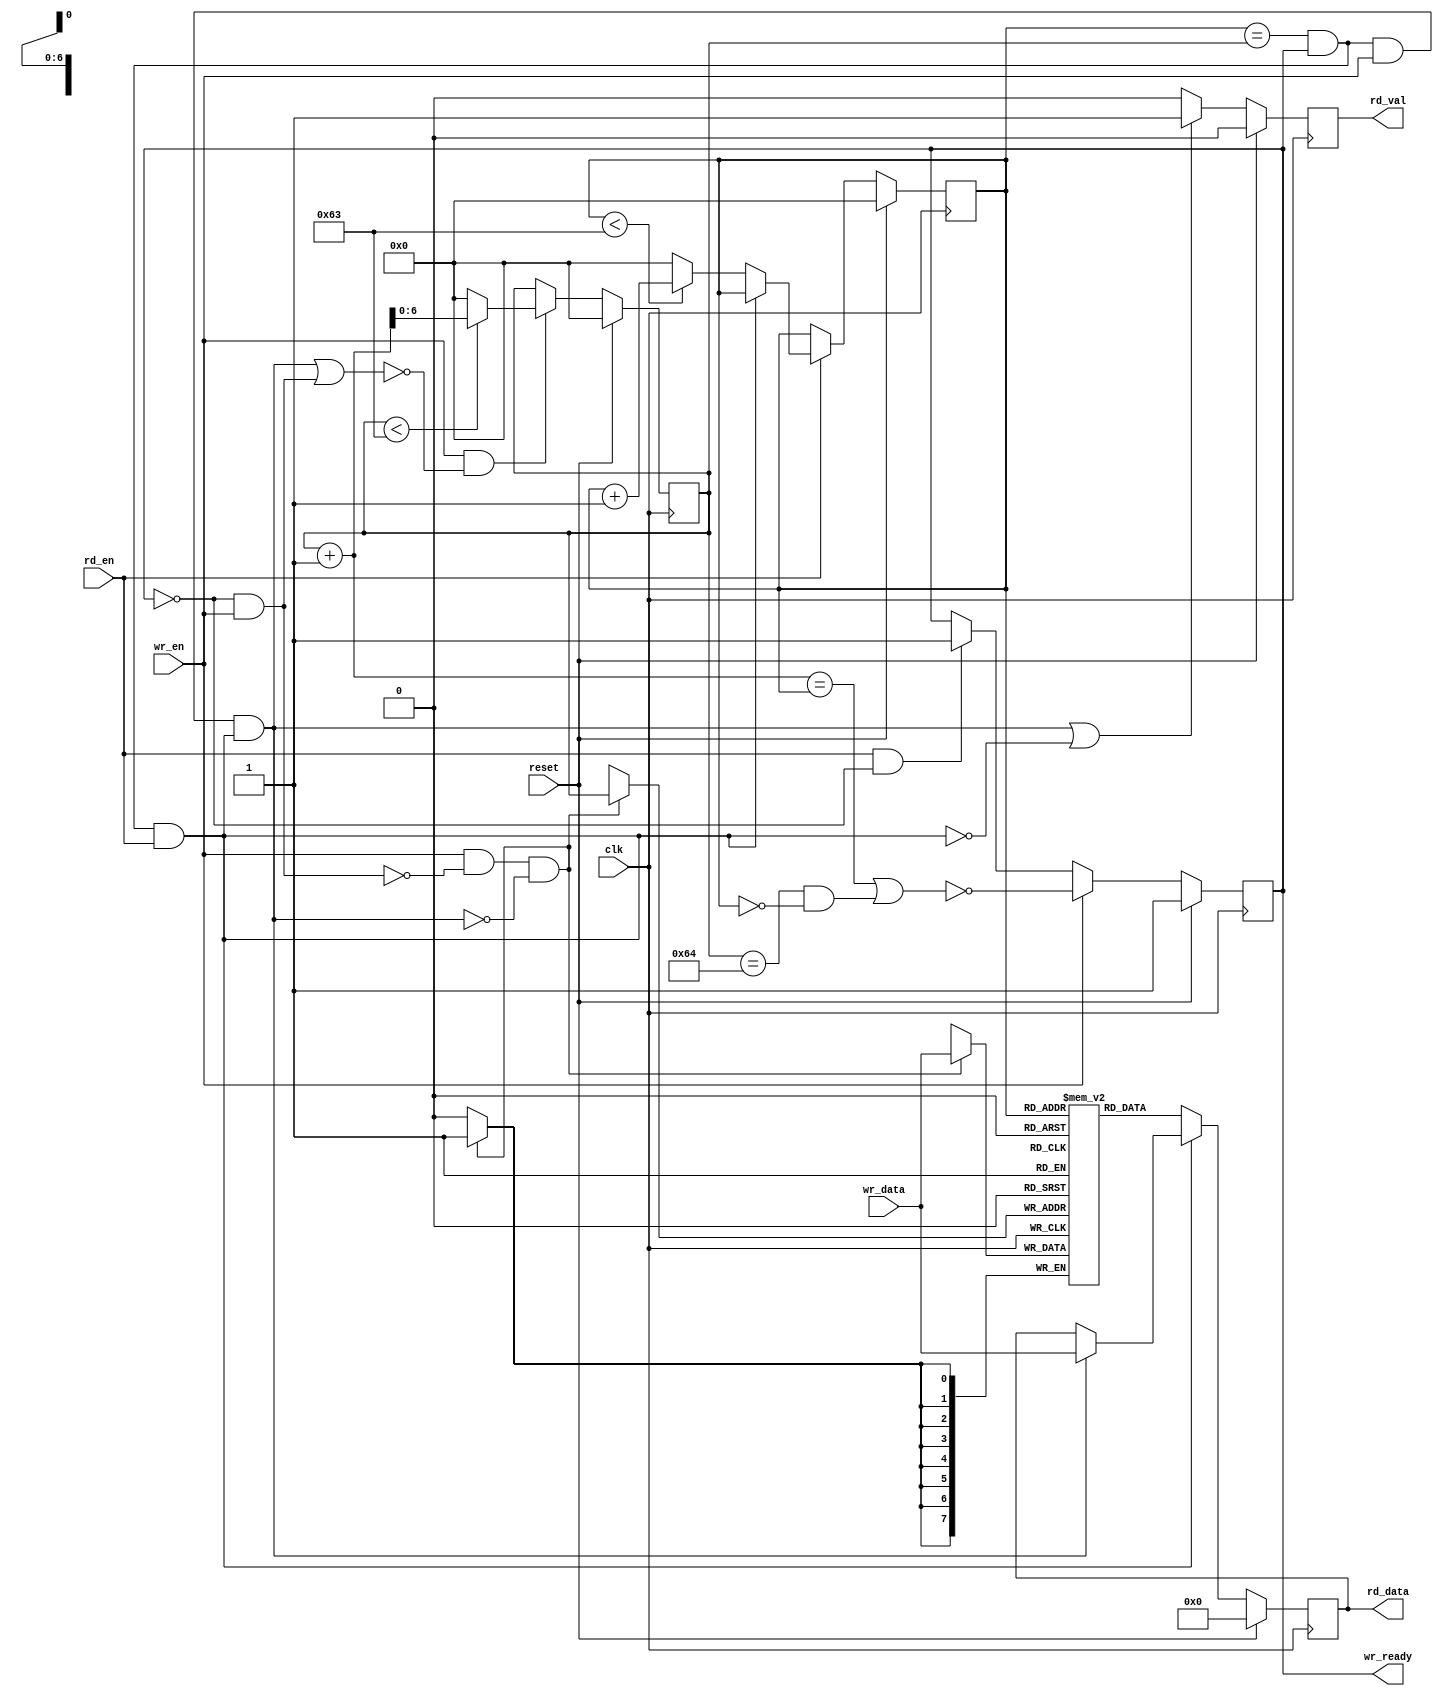
module FIFO
#(
    parameter FIFO_DEPTH = 100,
    parameter DATA_WIDTH = 8
)
(
    input wire clk,
    input wire reset,

    input wire rd_en,
    output reg [DATA_WIDTH -1:0] rd_data,
    output reg rd_val,
    
    input wire wr_en,
    input wire [DATA_WIDTH -1:0] wr_data,
    output reg wr_ready
);

parameter MEMORY_CNT_SIZE = $clog2(FIFO_DEPTH);

reg [MEMORY_CNT_SIZE -1:0] tail;  //tail of ring list 
reg [MEMORY_CNT_SIZE -1:0] head;  //head of ring list

reg [DATA_WIDTH -1:0] mem [FIFO_DEPTH -1:0]; //ring list mem

reg no_full;

assign wr_ready = no_full; //capacity check

wire mem_free;
wire mem_full;

wire rd_free;
wire wr_free;
wire wr_full;

assign mem_free = (head == tail) & no_full;
assign mem_full = ~no_full;

assign rd_free = mem_free & rd_en;
assign wr_free = mem_free & wr_en;
assign wr_full = mem_full & wr_en;


always @(posedge clk) begin
    if(reset)
        no_full <= 1;
    else if(wr_en)
        no_full <= ~( (tail + 1 == head) || ( (tail == FIFO_DEPTH) && (head == 0) ) );//capacity check
//                    |tail before head|    |  tail before head through overflow  |
    else if(rd_en & ~no_full)
        no_full <= 1;
end


always @(posedge clk) begin
    if(reset)
        head <= 0;
    else if(rd_en) begin
        if(~rd_free) begin                                     //we have data at memory
            head <= (head < (FIFO_DEPTH - 1))? head + 1: 0;        //new head val
                                                                   //the ternary operator implements the transition
                                                                   //of the head to the top of the list   
        end
    end
end

always @(posedge clk) begin
    if(reset)
        tail <= 0;     
    else if(wr_en & ~((wr_free & rd_free) || wr_full)) begin    //tail
//                   |we don't have data at memory, but now we write an read data
        tail <= (tail < (FIFO_DEPTH - 1))? tail + 1: 0;       //new tail val
                                                        //the ternary operator implements the transition
                                                        //of the tail to the top of the list                   
    end
end



always @(posedge clk) begin
    if(reset)
        rd_val <= 0;
    else if((wr_free & rd_free) || ~rd_free)   //we have data
        rd_val <= 1;
    else                                  //FIFO is empty
        rd_val <= 0;
end

always @(posedge clk) begin
    if(reset)
        rd_data <= 0;
    else if(~rd_free)            //we have data
        rd_data <= mem[head];
    else if(wr_free & rd_free)   //we don't have data at memory, but now we write and read data
        rd_data <= wr_data;
end

always @(posedge clk) begin
      
    if(wr_en & ~wr_full & ~(wr_free & rd_free)) begin
        mem[tail] <= wr_data;
    end
end


endmodule